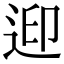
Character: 𨒦